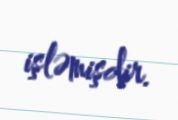
işləmişdir.